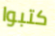
كتبوا